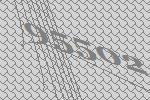
95502